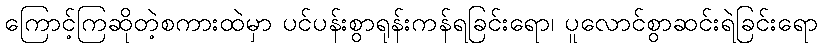
ကြောင့်ကြဆိုတဲ့စကားထဲမှာ ပင်ပန်းစွာရုန်းကန်ရခြင်းရော၊ ပူလောင်စွာဆင်းရဲခြင်းရော